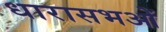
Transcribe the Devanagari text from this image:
धारासभओं